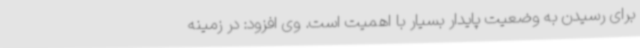
برای رسیدن به وضعیت پایدار بسیار با اهمیت است. وی افزود: در زمینه